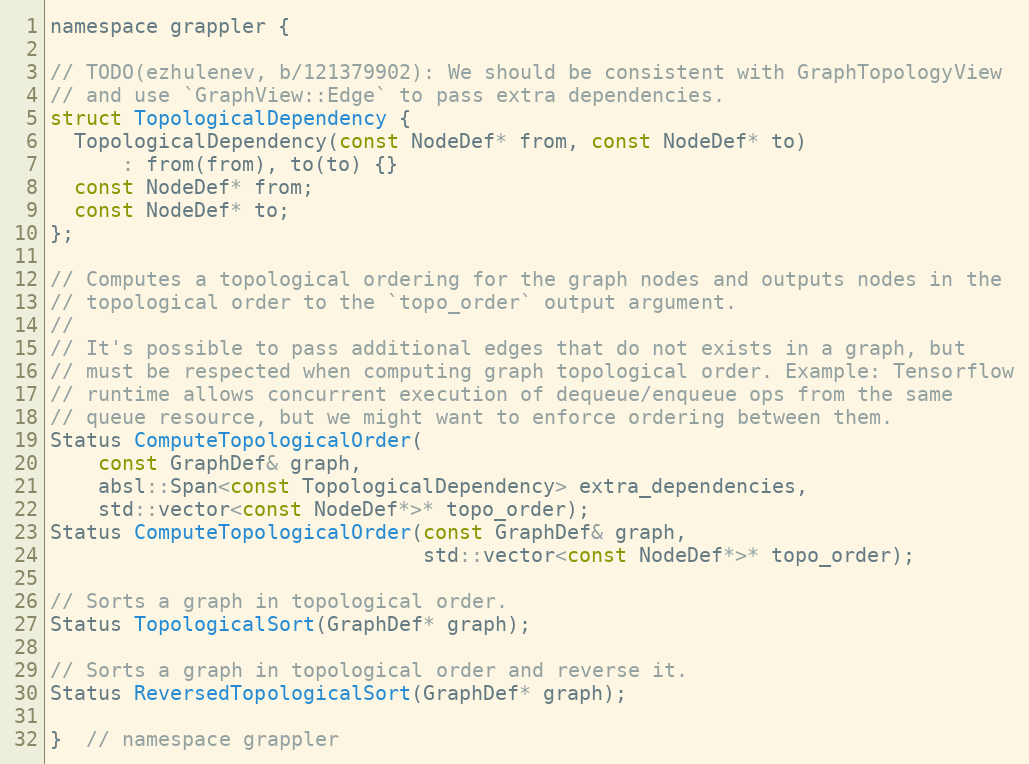
Language: C
namespace grappler {

// TODO(ezhulenev, b/121379902): We should be consistent with GraphTopologyView
// and use `GraphView::Edge` to pass extra dependencies.
struct TopologicalDependency {
  TopologicalDependency(const NodeDef* from, const NodeDef* to)
      : from(from), to(to) {}
  const NodeDef* from;
  const NodeDef* to;
};

// Computes a topological ordering for the graph nodes and outputs nodes in the
// topological order to the `topo_order` output argument.
//
// It's possible to pass additional edges that do not exists in a graph, but
// must be respected when computing graph topological order. Example: Tensorflow
// runtime allows concurrent execution of dequeue/enqueue ops from the same
// queue resource, but we might want to enforce ordering between them.
Status ComputeTopologicalOrder(
    const GraphDef& graph,
    absl::Span<const TopologicalDependency> extra_dependencies,
    std::vector<const NodeDef*>* topo_order);
Status ComputeTopologicalOrder(const GraphDef& graph,
                               std::vector<const NodeDef*>* topo_order);

// Sorts a graph in topological order.
Status TopologicalSort(GraphDef* graph);

// Sorts a graph in topological order and reverse it.
Status ReversedTopologicalSort(GraphDef* graph);

}  // namespace grappler